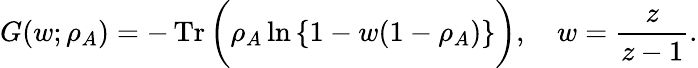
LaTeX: G(w;\rho_{A})=-\operatorname{Tr}\bigg(\rho_{A}\ln{\{ 1-w(1-\rho_{A})\} }\bigg),\quad w=\frac{z}{z-1}.